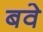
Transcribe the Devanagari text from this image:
बवे